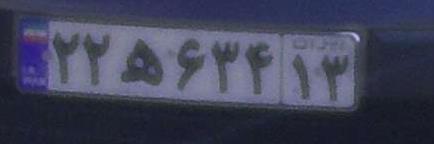
۲۲ه۶۳۴۱۳